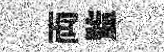
両监